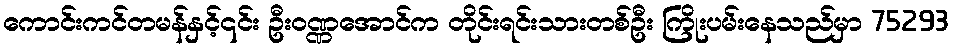
ကောင်းကင်တမန်နှင့်၎င်း ဦးဝဏ္ဏအောင်က တိုင်းရင်းသားတစ်ဦး ကြိုးပမ်းနေသည်မှာ 75293